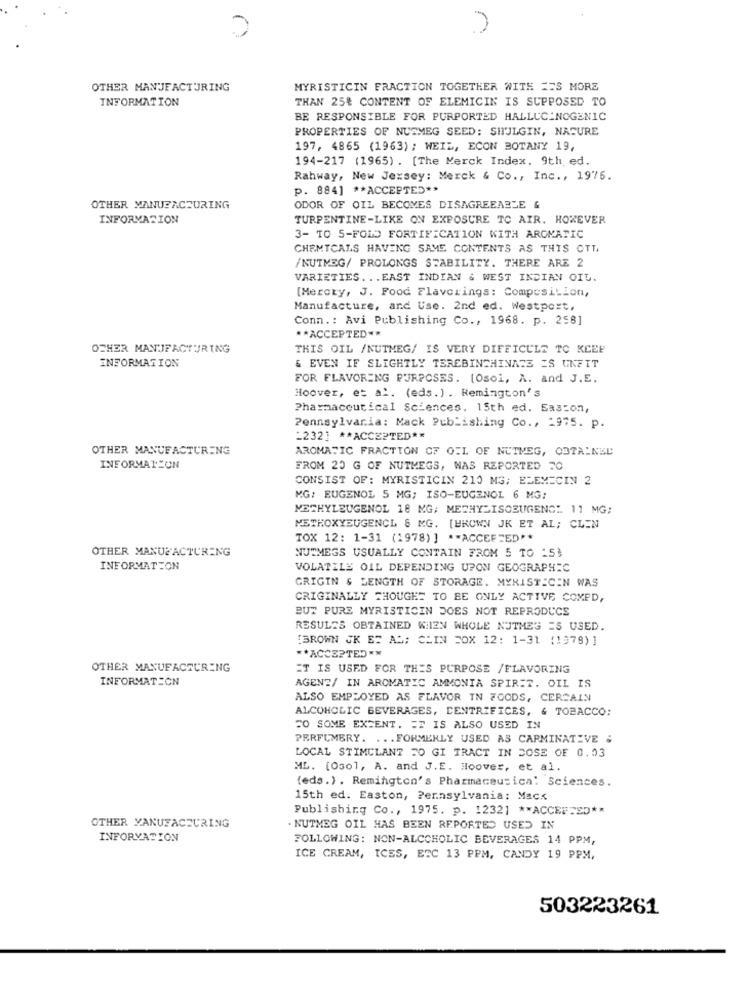
OTHER MANJEACTURING
MYRISTICIN FRACTION TOGETHER WITH ZES MORE
INFORMATION
THAN 25% CONTENT OF ELEMICIN IS SUPPOSED TO
BE RESPONSIBLE FOR PURPORTED HALLUCINOGENIC
PROPERTIES OF NUTMEG SEED: SITJLGIN, NATURE
197, 4865 (1963) ; WEIL, ECON BOTANY 19,
194-217 (1965) . [The Merck Index. 9th ed.
Rahway, New Jersey: Merck & Co ., Inc ., 1976.
p. 884] ** ACCEPTED **
OTHER MANUFACTURING
ODOR OF OIL BECOMES DISAGREEABLE &
INFORMATION
TURPENTINE-LIKE ON EXPOSURE TO AIR. HOWEVER
3- TO 5-FOLD FORTIFICATION WITH AROMATIC
CHEMICALS HAVING SAME CONTENTS AS THIS OTT,
/NUTMEG/ PROLONGS STABILITY. THERE ARE 2
VARIETIES ... EAST INDIAN & WEST INDIAN OIL.
[Mercty, J. Food Flavorings: Composition,
Manufacture, and Use. 2nd ed. Westport,
Conn .: Avi Publishing Co ., 1968. p. 258]
** ACCEPTED **
OTHER MANUFACTURING
THIS OIL /NUTMEG/ IS VERY DIFFICULT TO KEEP
INFORMATION
& EVEN IF SLIGHTLY TEREBINCHINAIS ES UNFIT
FOR FLAVORING PURPOSES. [Osol, A. and J.E.
Hoover, et al. (eds. ) . Remington's
Pharmaceutical Sciences. 15th ed. Sascon,
Pennsylvania: Mack Publishing Co ., 1975. p.
_232] ** ACCEPTED **
OTHER MANUFACTURING
AROMATIC FRACTION OF OIL OF NUTMEG, OBTAINED
INFORMAITON
FROM 20 G OF NUTMEGS, WAS REPORTED FO
CONSIST OF: MYRISTICIN 210 MG; ELEMECIN 2
MG: EUGENOL 5 MG; ISO-EUGENOL 6 MG:
METHYLEUGENOL 18 MG; METHYLISOEUGENCY 11 MG;
METHOXYEUGENCL & MG. [BROWN JK ET AL; CLEN
TOX 12: 1-31 (1978) ] ** ACCEPTED **
OTHER MANUFACTURING
NUTMEGS USUALLY CONTAIN FROM 5 TO :51
INFORMATION
VOLATILE OIL DEPENDING UPON GEOGRAPHIC
GRIGIN & LENGTH OF STORAGE. MYRISTICEN WAS
CRIGINALLY THOUGHT TO BE ONLY ACTIVE COMPD,
BUT PURE MYRISTICIN DOES NOT REPRODUCE
RESULTS OBTAINED WIEN WHOLE NUTMEG =S USED.
[BROWN JK ET AD; CHIN FOX 12: 1-31 (1979)]
** ACCEPTED **
OTHER MANUFACTURING
ET IS USED FOR THIS PURPOSE /FLAVORING
INFORMATION
AGENT/ IN AROMATIC AMMONIA SPIRIT. OIL IS
ALSO EMPLOYED AS FLAVOR IN FOODS, CERCAIN
ALCOHOLIC BEVERAGES, CENTRIFICES, & TOBACCO:
TO SOME EXTENT. ET IS ALSO USED IN
PERFUMERY. ... FORMERLY USED AS CARMINATIVE &
LOCAL STIMULANT FO GI TRACT IN DOSE OF 0.03
ML. [Osol, A. and J.E. Hoover, et al.
(eds.) . Remington's Pharmaceusica: Sciences.
15th ed. Easton, Pennsylvania: Macs
Publishing Co ., 1975. p. 1232] ** ACCEPTS0 **
OTHER MANUFACTURING
. NUTMEG OIL HAS BEEN REPORTED USED IN
INFORVATION
FOLLOWING: NON-ALCOHOLIC BEVERAGES 14 PPM,
ICE CREAM, ICSS, EFC 13 PPM, CANDY 19 PPM,
503223261